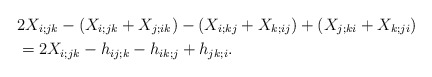
\begin{align*}&2 X_{i;jk} - (X_{i;jk} + X_{j;ik} ) - (X_{i;kj} + X_{k;ij} )+ (X_{j;ki} + X_{k;ji}) \\&=2X_{i;jk} - h_{ij;k} - h_{ik;j} + h_{jk;i}.\end{align*}